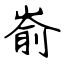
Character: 嵛